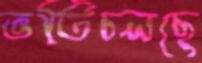
ভর্তিচলছে